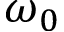
\omega _ { 0 }